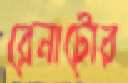
রেনাটোর